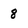
Character: 8